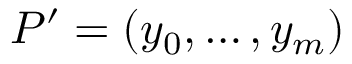
P ^ { \prime } = ( y _ { 0 } , \ldots , y _ { m } ) \,